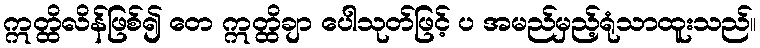
ဣတ္ထိလိန်ဖြစ်၍ တေ ဣတ္ထိချာ ပေါသုတ်ဖြင့် ပ အမည်မှည့်ရုံသာထူးသည်။